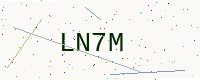
Text: LN7M